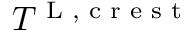
T ^ { \textnormal { L , c r e s t } }